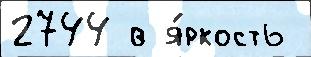
2744 в я́ркость